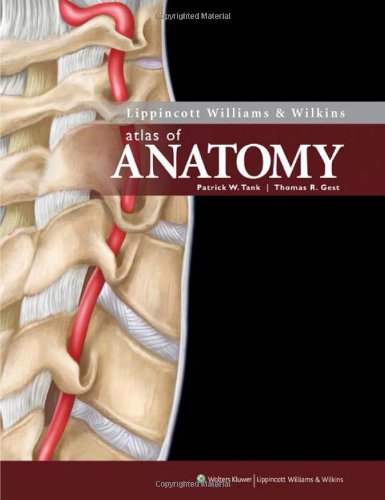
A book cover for Lippincott Williams & Wilkins Atlas of Anatomy (Point (Lippincott Williams & Wilkins)); Patrick W. Tank; Medical Books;